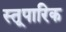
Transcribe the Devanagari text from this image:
स्तूपारिक